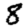
Digit: 8